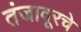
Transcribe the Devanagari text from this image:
तंजावूरचे